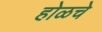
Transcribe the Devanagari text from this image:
होळचे